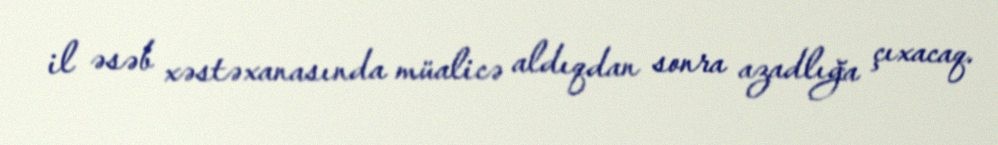
il əsəb xəstəxanasında müalicə aldıqdan sonra azadlığa çıxacaq.